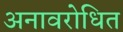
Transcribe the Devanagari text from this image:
अनावरोधित